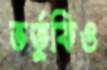
ভর্তুকিও